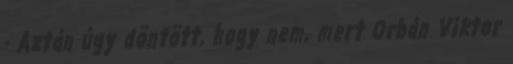
- Aztán úgy döntött, hogy nem, mert Orbán Viktor